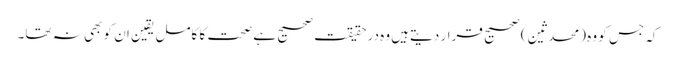
کہ جس کو وہ (محدثین) صحیح قرار دیتےہیں وہ درحقیقت صحیح ہے صحت کا کامل یقین ان کو بھی نہ تھا۔